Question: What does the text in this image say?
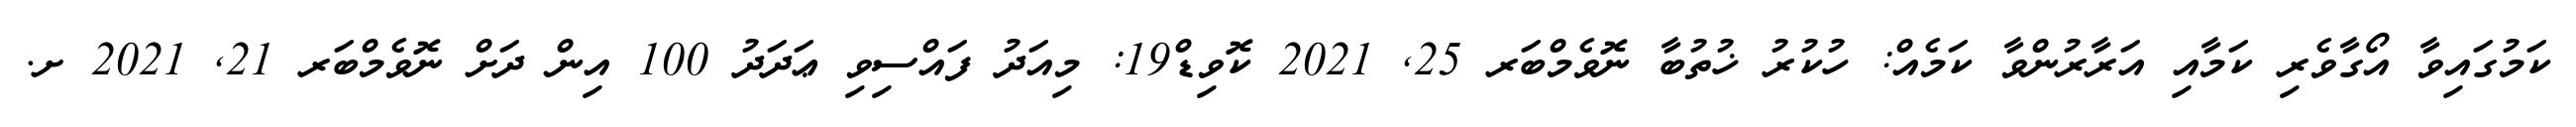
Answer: ކަމުގައިވާ އޯގާވެރި ކަމާއި އަރާރުންވާ ކަމެއް: ހުކުރު ޚުތުބާ ނޮވެމްބަރ 25, 2021 ކޮވިޑް19: މިއަދު ފައްސިވި ޢަދަދު 100 އިން ދަށް ނޮވެމްބަރ 21, 2021 ށ.